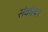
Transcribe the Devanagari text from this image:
संकाय।